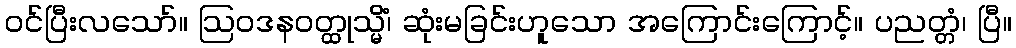
ဝင်ပြီးလသော်။ ဩဝဒနဝတ္ထုသ္မိံ၊ ဆုံးမခြင်းဟူသော အကြောင်းကြောင့်။ ပညတ္တံ၊ ပြီ။